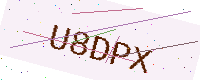
Text: U8DPX